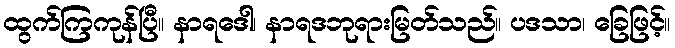
ထွက်ကြကုန်ပြီ။ နာရဒေါ၊ နာရဒဘုရားမြတ်သည်။ ပဒသာ၊ ခြေဖြင့်။